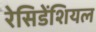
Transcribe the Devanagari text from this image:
रेसिडेंशियल